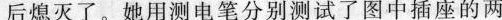
后熄灭了。她用测电笔分别测试了图中插座的两